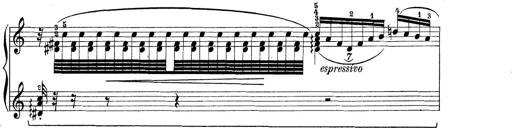
Title: Rapsodie: 19 ungheresi, 1 spagnuola
Composer: Franz Liszt